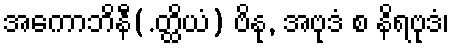
အကောဘိနီ(.တ္ထိယံ) ဗိနု, အဗုဒံ စ နိရဗုဒံ၊